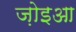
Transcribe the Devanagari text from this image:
ज़ोइआ